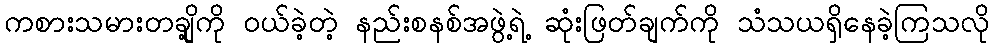
ကစားသမားတချို့ကို ဝယ်ခဲ့တဲ့ နည်းစနစ်အဖွဲ့ရဲ့ ဆုံးဖြတ်ချက်ကို သံသယရှိနေခဲ့ကြသလို